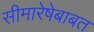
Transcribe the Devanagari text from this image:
सीमारेषेबाबत